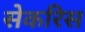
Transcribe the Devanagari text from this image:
सेकरिस